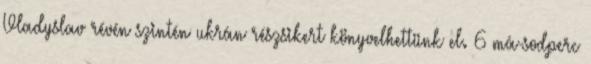
Vladyslav révén szintén ukrán részsikert könyvelhettünk el. 6 má-sodperc